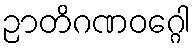
ဉာတိဂဏဝဂ္ဂေါ